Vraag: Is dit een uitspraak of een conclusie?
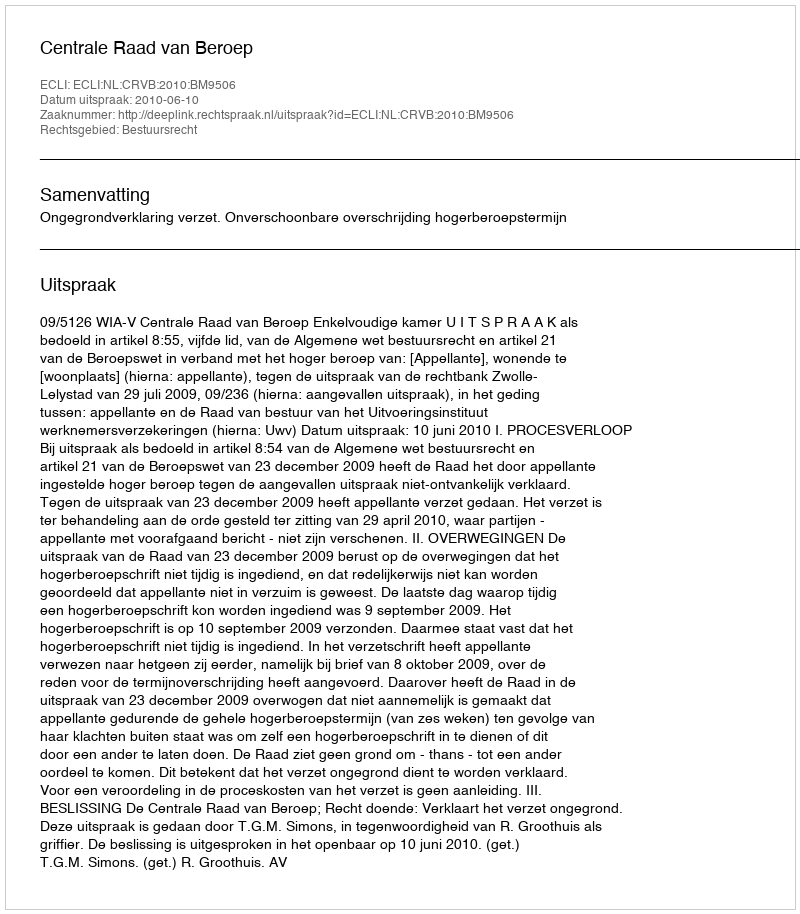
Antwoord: Uitspraak